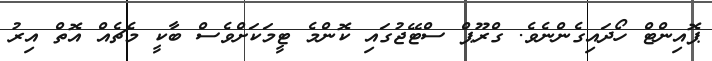
ޕޮއިންޓް ހޯދައިގެންނެވެ. ގްރޫޕް ސްޓޭޖުގައި ކޮންމެ ޓީމަކަށްވެސް ބާކީ މެޗެއް އޮތް އިރު